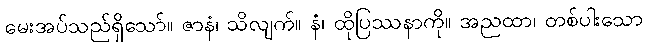
မေးအပ်သည်ရှိသော်။ ဇာနံ၊ သိလျက်။ နံ၊ ထိုပြဿနာကို။ အညထာ၊ တစ်ပါးသော